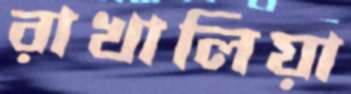
রাখালিয়া